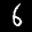
Label: 6